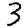
Digit: 3